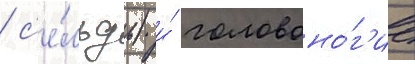
/ с'е́льдь) и́ головоно́г'ие